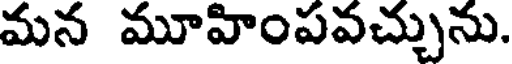
మన మూహింపవచ్చును.